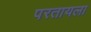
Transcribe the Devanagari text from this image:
परतायला